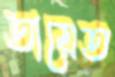
তায়েত